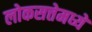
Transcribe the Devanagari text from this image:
लोकसत्तेमध्ये